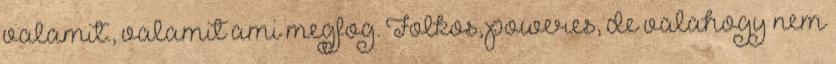
valamit., valamit ami megfog. Folkos, poweres, de valahogy nem